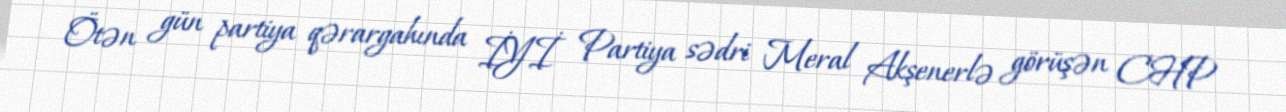
Ötən gün partiya qərargahında İYİ Partiya sədri Meral Akşenerlə görüşən CHP